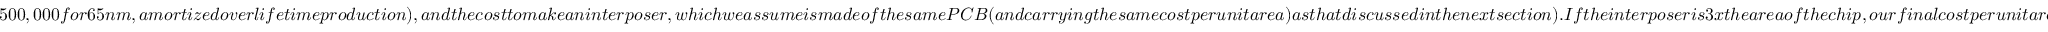
5 0 0 , 0 0 0 f o r 6 5 n m , a m o r t i z e d o v e r l i f e t i m e p r o d u c t i o n ) , a n d t h e c o s t t o m a k e a n i n t e r p o s e r , w h i c h w e a s s u m e i s m a d e o f t h e s a m e P C B ( a n d c a r r y i n g t h e s a m e c o s t p e r u n i t a r e a ) a s t h a t d i s c u s s e d i n t h e n e x t s e c t i o n ) . I f t h e i n t e r p o s e r i s 3 x t h e a r e a o f t h e c h i p , o u r f i n a l c o s t p e r u n i t a r e a f o r t h e R F I C i s